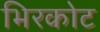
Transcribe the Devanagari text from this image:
भिरकोट